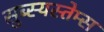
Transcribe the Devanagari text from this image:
सुब्स्यस्तेम्स